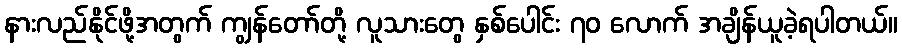
နားလည်နိုင်ဖို့အတွက် ကျွန်တော်တို့ လူသားတွေ နှစ်ပေါင်း ၇၀ လောက် အချိန်ယူခဲ့ရပါတယ်။